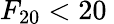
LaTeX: F_{20}<20\